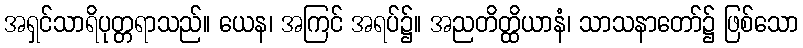
အရှင်သာရိပုတ္တရာသည်။ ယေန၊ အကြင် အရပ်၌။ အညတိတ္ထိယာနံ၊ သာသနာတော်၌ ဖြစ်သော